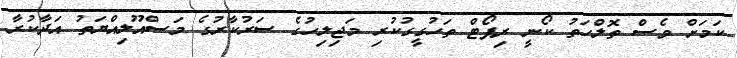
ކަމަށް ވެސް ތޮލްހަތު ކޯނީ ރިޕޯޓް ތަހުގީގުކުރި މަޖިލިހުގެ ސަރުކާރުގެ މަސްއޫލިއްޔަތު އަދާކުރާ